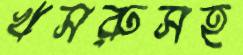
খসরুসহ